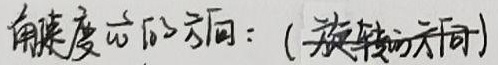
角速度\(\omega\)的方向：( 旋转的方向)